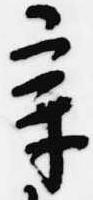
章